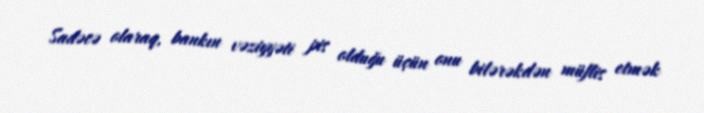
Sadəcə olaraq, bankın vəziyyəti pis olduğu üçün onu bilərəkdən müflis etmək